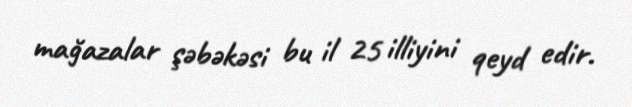
mağazalar şəbəkəsi bu il 25 illiyini qeyd edir.